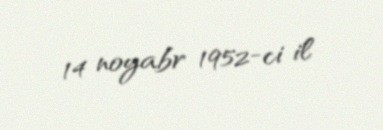
14 noyabr 1952-ci il